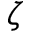
\zeta